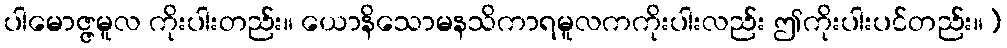
ပါမောဇ္ဇမူလ ကိုးပါးတည်း။ ယောနိသောမနသိကာရမူလကကိုးပါးလည်း ဤကိုးပါးပင်တည်း။)